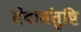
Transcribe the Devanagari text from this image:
सेवासंतुष्टि